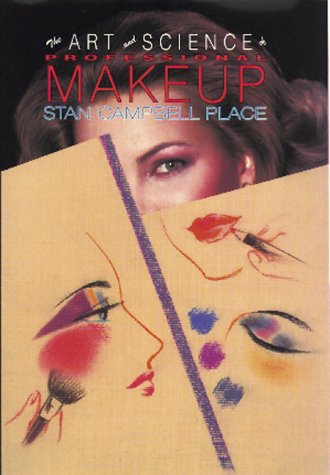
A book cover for The Art & Science of Professional Makeup; Place; Health, Fitness & Dieting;